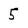
Character: 5